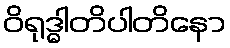
ဝိရုဒ္ဓါတိပါတိနော